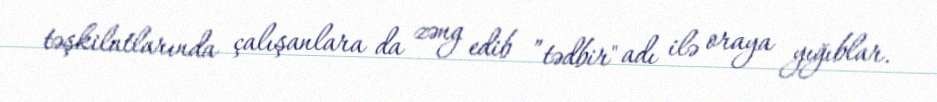
təşkilatlarında çalışanlara da zəng edib ”tədbir" adı ilə oraya yığıblar.